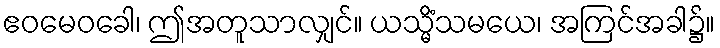
ဧဝမေဝခေါ၊ ဤအတူသာလျှင်။ ယသ္မိံသမယေ၊ အကြင်အခါ၌။